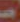
(